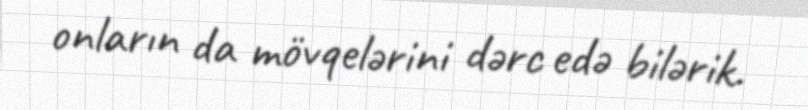
onların da mövqelərini dərc edə bilərik.